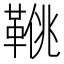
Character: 𩋍